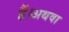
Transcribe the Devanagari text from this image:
हैं।अथवा